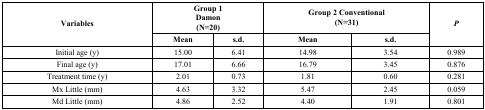
<table><thead><tr><td rowspan="2"><b>Variables</b></td><td colspan="2"><b>Group 1Damon(N=20)</b></td><td colspan="2"><b>Group 2 Conventional(N=31)</b></td><td rowspan="2"><b><i>P</i></b></td></tr><tr><td><b>Mean</b></td><td><b>s.d.</b></td><td><b>Mean</b></td><td><b>s.d.</b></td></tr></thead><tbody><tr><td>Initial age (y)</td><td>15.00</td><td>6.41</td><td>14.98</td><td>3.54</td><td>0.989</td></tr><tr><td>Final age (y)</td><td>17.01</td><td>6.66</td><td>16.79</td><td>3.45</td><td>0.876</td></tr><tr><td>Treatment time (y)</td><td>2.01</td><td>0.73</td><td>1.81</td><td>0.60</td><td>0.281</td></tr><tr><td>Mx Little (mm)</td><td>4.63</td><td>3.32</td><td>5.47</td><td>2.45</td><td>0.059</td></tr><tr><td>Md Little (mm)</td><td>4.86</td><td>2.52</td><td>4.40</td><td>1.91</td><td>0.801</td></tr></tbody></table>